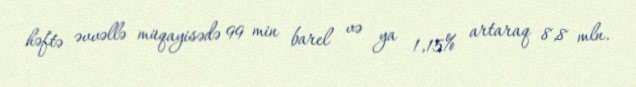
həftə əvvəllə müqayisədə 99 min barel və ya 1,15% artaraq 8,8 mln.